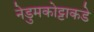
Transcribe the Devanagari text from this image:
नेडुमकोट्टाकडे